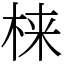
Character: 梾